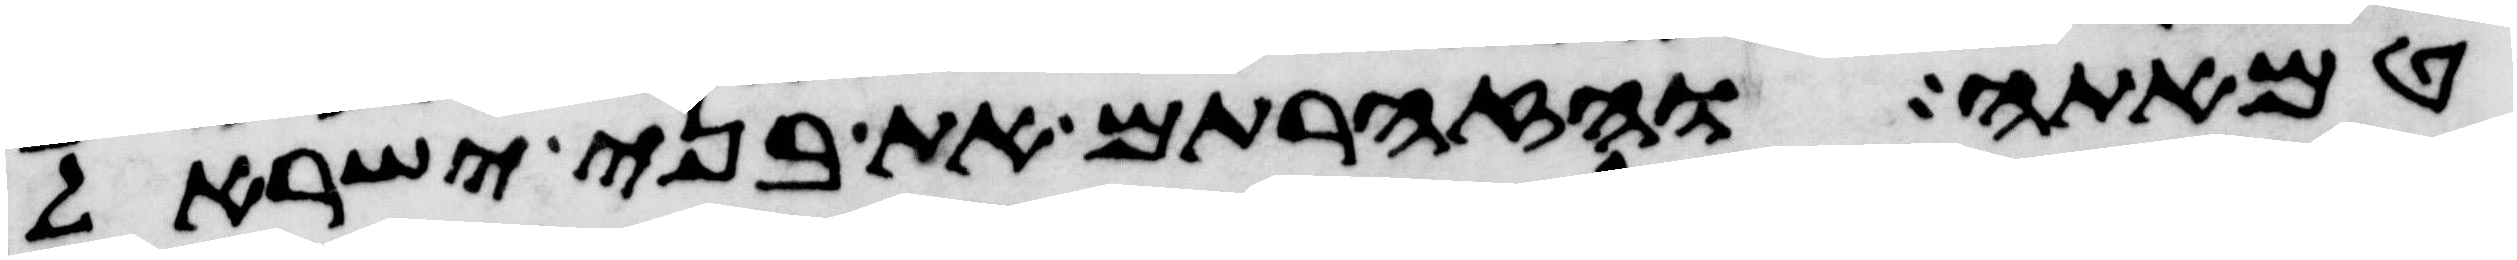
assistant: טמאתה והזהרתם את בני ישראל